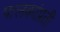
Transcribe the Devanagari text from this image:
पालकांप्रती